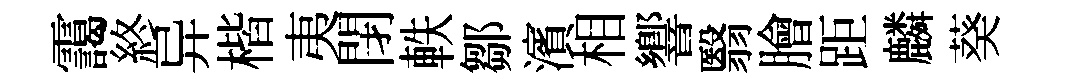
靄終异楷夷閉軼鄒濱相響翳膾距麟葵